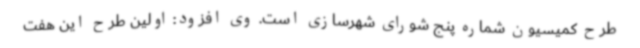
طرح کمیسیون شماره پنج شورای شهرسازی است. وی افزود: اولین طرح این هفت